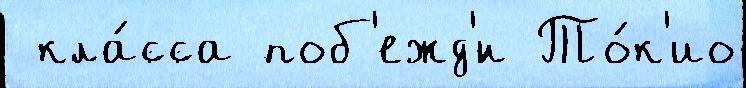
 кла́сса поб'ежд'́н То́к'ио